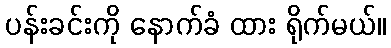
ပန်းခင်းကို နောက်ခံ ထား ရိုက်မယ်။